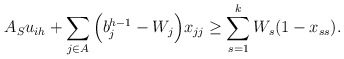
\begin{align*} A_S u_{ih}+\sum_{j \in A}\Big(b_j^{h-1}-W_j\Big)x_{jj} \ge \sum_{s=1}^k W_s(1-x_{ss}).\end{align*}